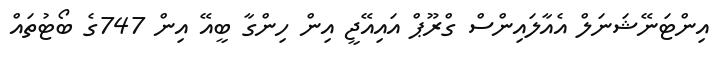
އިންޓަނޭޝަނަލް އެއާލައިންސް ގްރޫޕް އައިއޭޖީ އިން ހިންގާ ބީއޭ އިން 747ގެ ބޯޓުތައް